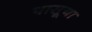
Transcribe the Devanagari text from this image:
पासूया